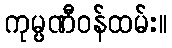
ကုမ္ပဏီဝန်ထမ်း။